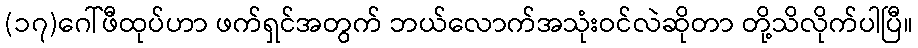
(၁၇)ဂေါ်ဖီထုပ်ဟာ ဖက်ရှင်အတွက် ဘယ်လောက်အသုံးဝင်လဲဆိုတာ တို့သိလိုက်ပါပြီ။